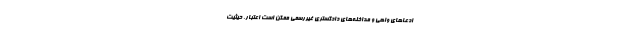
ادعاهای واهی و مداخله‌های دادگستری غیررسمی ممکن است اعتبار، حیثیت